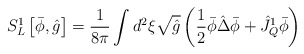
\begin{align*}{S_L^{1}}\left[\bar{\phi},\hat{g}\right]={1\over{8\pi}}\int{d^2}\xi\sqrt{\hat{g}}\left({1\over{2}}\bar{\phi}\hat{\Delta}\bar{\phi}+{\hat{J}_Q^1}\bar{\phi}\right)\end{align*}